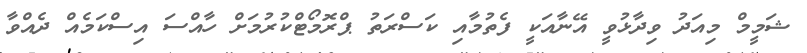
ޝަމީމް މިއަދު ވިދާޅުވީ އޭނާއަކީ ފެތުމާއި ކަސްރަތު ޕްރޮމޯޓްކުރުމަށް ހާއްސަ އިސްކަމެއް ދެއްވާ